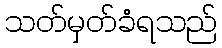
သတ်မှတ်ခံရသည်